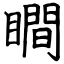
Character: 瞷